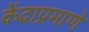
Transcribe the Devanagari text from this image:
केंदाप्रमाणे